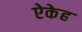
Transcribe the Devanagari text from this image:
ऐकेह